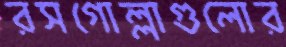
রসগোল্লাগুলোর